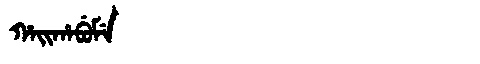
Manchu: ᡥᠠᡳᡥᠠᠪᡠᠮᡝ
Romanization: HAIHABUME